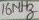
Text: 16MHz